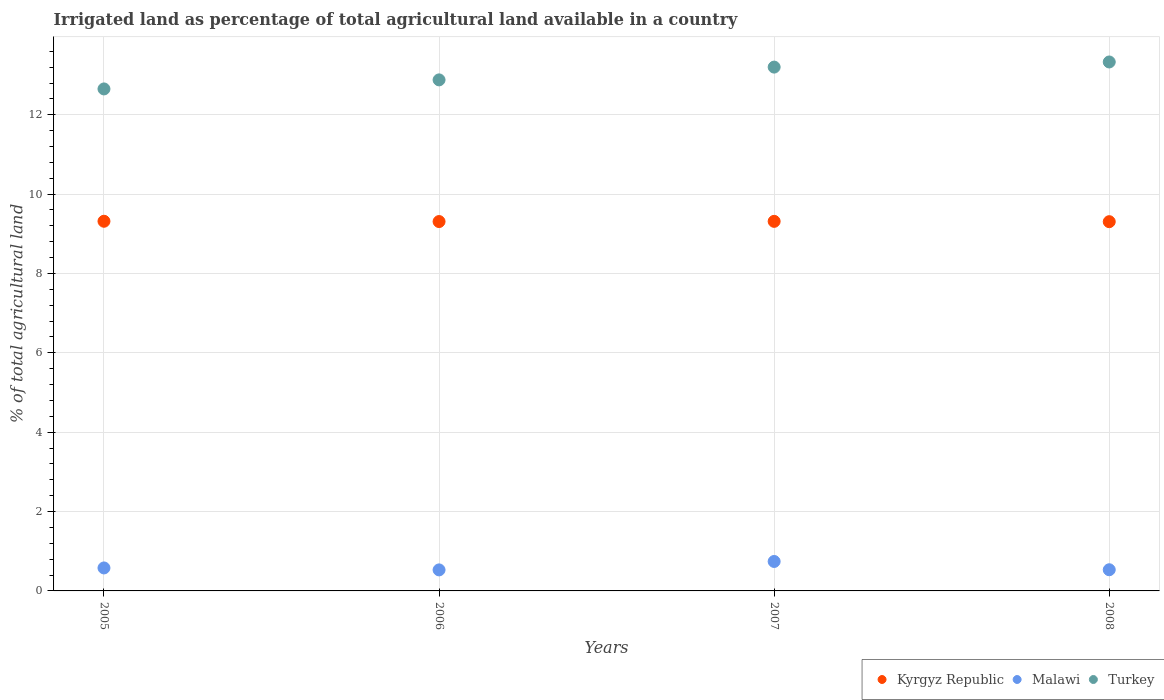
| Years | Kyrgyz Republic | Malawi | Turkey |
 | --- | --- | --- | --- |
 | 2005 | 9.32 | 0.579 | 12.7 |
 | 2006 | 9.31 | 0.53 | 12.9 |
 | 2007 | 9.31 | 0.742 | 13.2 |
 | 2008 | 9.31 | 0.534 | 13.3 |